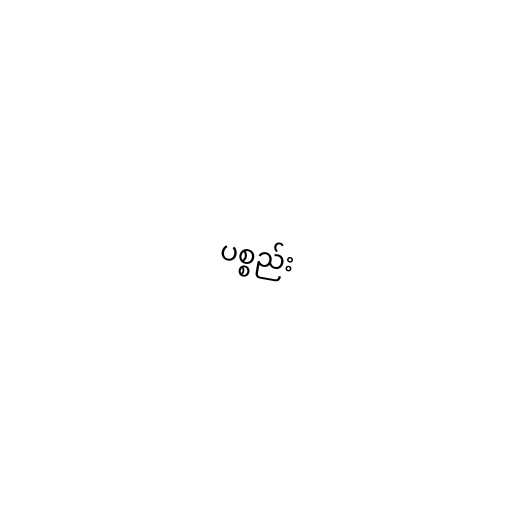
ပစ္စည်း